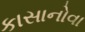
કાસાનોવા